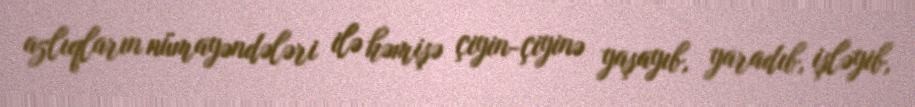
azlıqların nümayəndələri ilə həmişə çiyin-çiyinə yaşayıb, yaradıb, işləyib,